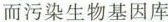
而污染生物基因库